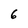
Character: 6